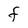
Character: F